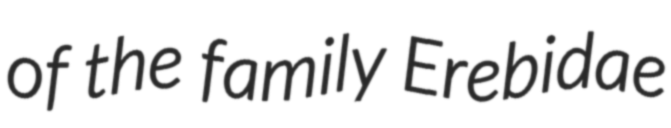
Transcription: of the family Erebidae